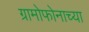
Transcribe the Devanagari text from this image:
ग्रामोफोनाच्या